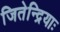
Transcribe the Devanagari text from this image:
जितेन्द्रियाः